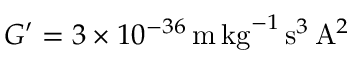
G ^ { \prime } = 3 \times 1 0 ^ { - 3 6 } \, \mathrm { m } \, \mathrm { k g } ^ { - 1 } \, \mathrm { s } ^ { 3 } \, \mathrm { A } ^ { 2 }